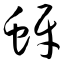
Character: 蚜